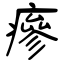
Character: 瘮